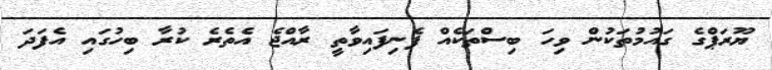
ޔޫރަޕްގެ ގައުމުތަކުން ވިހަ ބިސްތަކެއް ފެނިފައިވާތީ ރާއްޖެ އެތެރެ ކުރާ ބިހުގައި އެފަދަ